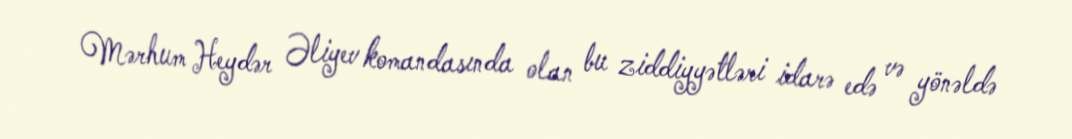
Mərhum Heydər Əliyev komandasında olan bu ziddiyyətləri idarə edə və yönəldə